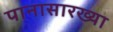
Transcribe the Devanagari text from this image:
पानासारख्या